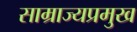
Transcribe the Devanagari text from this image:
साम्राज्यप्रमुख